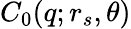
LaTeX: C_{0}(q;r_{s},\theta)